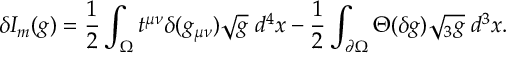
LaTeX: \delta I _ { m } ( g ) = { \frac { 1 } { 2 } } \int _ { \Omega } t ^ { \mu \nu } \delta ( g _ { \mu \nu } ) \sqrt { g } \; d ^ { 4 } x - { \frac { 1 } { 2 } } \int _ { \partial \Omega } \Theta ( \delta g ) \sqrt { { } _ { 3 } g } \; d ^ { 3 } x .